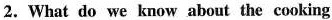
2. What do we know about the cooking